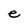
Character: e